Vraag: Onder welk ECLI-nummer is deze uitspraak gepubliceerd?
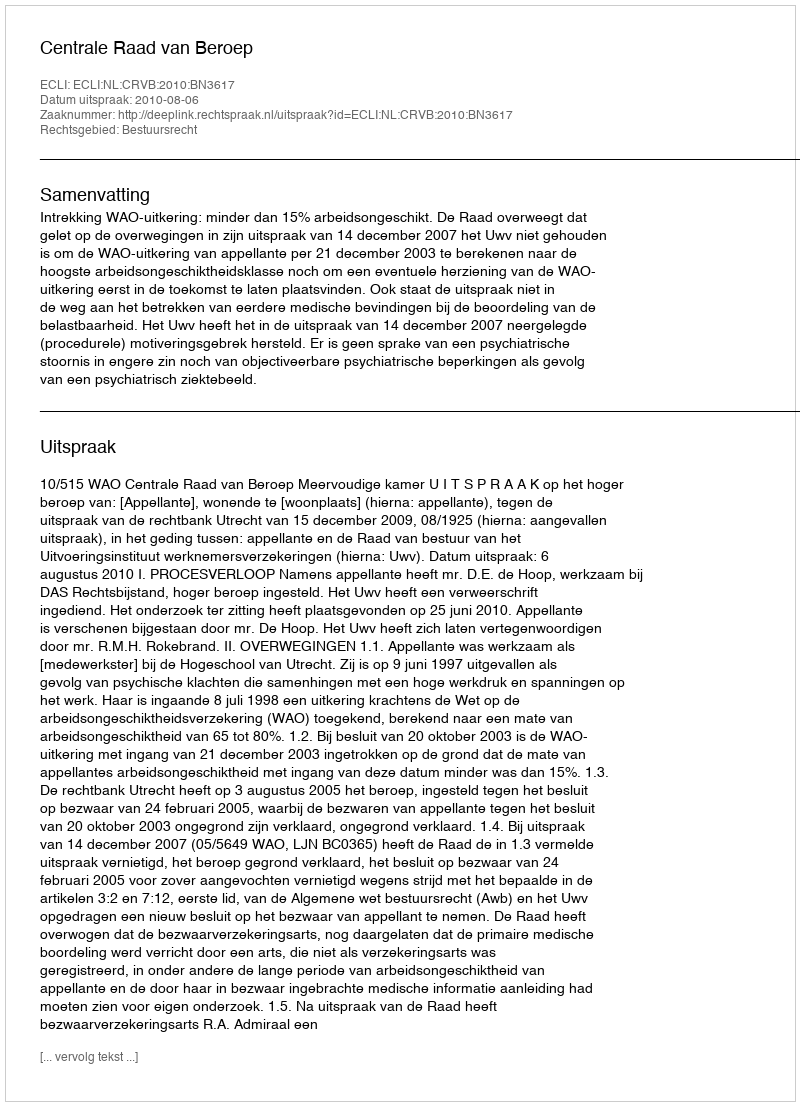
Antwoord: ECLI:NL:CRVB:2010:BN3617